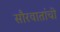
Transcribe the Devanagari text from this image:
सौरवातांची